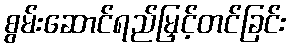
စွမ်းဆောင်ရည်မြှင့်တင်ခြင်း